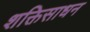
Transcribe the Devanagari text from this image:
शक्तिसाधन